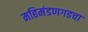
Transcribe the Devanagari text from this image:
महिमंडणगडचा